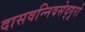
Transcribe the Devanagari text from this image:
दासवन्निवसेद्गुरो